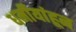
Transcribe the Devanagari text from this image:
धर्मीयांहून